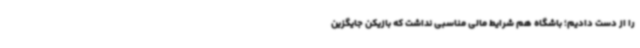
را از دست دادیم؛ باشگاه هم شرایط مالی مناسبی نداشت که بازیکن‌ جایگزین